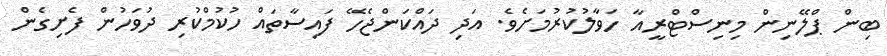
ބިން ޕްލޭނިން މިނިސްޓްރީއާ ހަވާލުކުރުމަށެވެ. އަދި ދައްކަންޖެހޭ ފައިސާތައް ހުކުމްކުރި ދުވަހުން ފެށިގެން